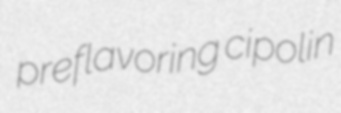
preflavoring cipolin